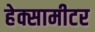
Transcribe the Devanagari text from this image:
हेक्सामीटर